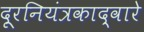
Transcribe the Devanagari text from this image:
दूरनियंत्रकाद्वारे